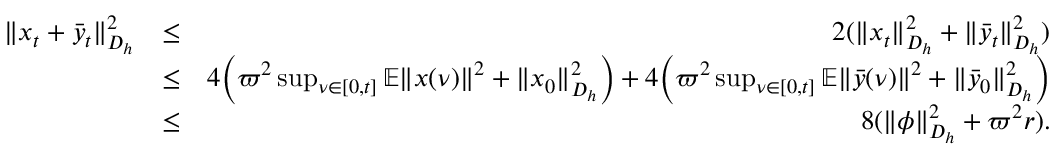
\begin{array} { r l r } { \| x _ { t } + \bar { y } _ { t } \| _ { { \cal D } _ { h } } ^ { 2 } } & { \leq } & { 2 ( \| x _ { t } \| _ { { \cal D } _ { h } } ^ { 2 } + \| \bar { y } _ { t } \| _ { { \cal D } _ { h } } ^ { 2 } ) } \\ & { \leq } & { 4 \Big ( \varpi ^ { 2 } \operatorname* { s u p } _ { \nu \in [ 0 , t ] } \mathbb { E } \| x ( \nu ) \| ^ { 2 } + \| x _ { 0 } \| _ { { \cal D } _ { h } } ^ { 2 } \Big ) + 4 \Big ( \varpi ^ { 2 } \operatorname* { s u p } _ { \nu \in [ 0 , t ] } \mathbb { E } \| \bar { y } ( \nu ) \| ^ { 2 } + \| \bar { y } _ { 0 } \| _ { { \cal D } _ { h } } ^ { 2 } \Big ) } \\ & { \leq } & { 8 ( \| \phi \| _ { { \cal D } _ { h } } ^ { 2 } + \varpi ^ { 2 } r ) . } \end{array}